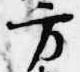
方